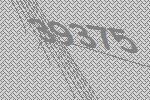
39375